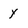
Character: y